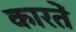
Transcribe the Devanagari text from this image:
कारतें